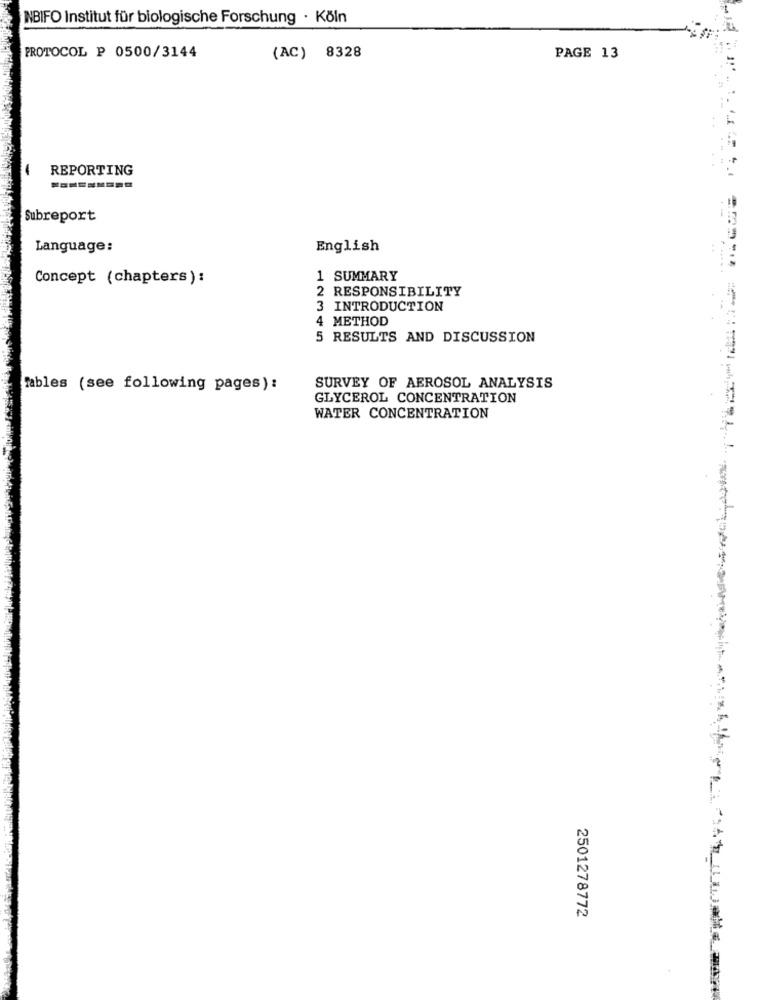
NBIFO Institut für biologische Forschung · Köln
PROTOCOL P 0500/3144
(AC) 8328
PAGE 13
REPORTING
Subreport
Language:
English
Concept (chapters) :
1 SUMMARY
2 RESPONSIBILITY
3 INTRODUCTION
METHOD
5 RESULTS AND DISCUSSION
Mables (see following pages):
SURVEY OF AEROSOL ANALYSIS
GLYCEROL CONCENTRATION
WATER CONCENTRATION
2501278772